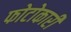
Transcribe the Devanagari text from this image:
फोटोकारी